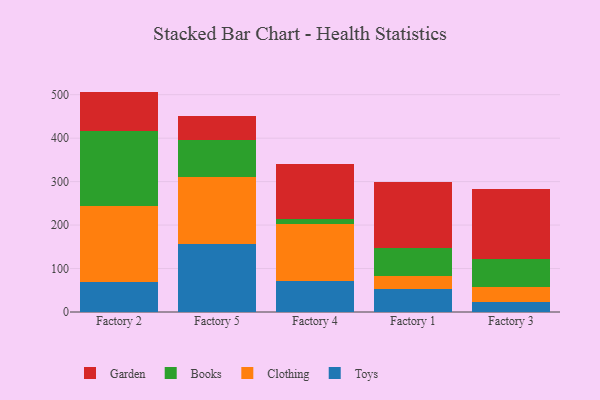
{"axis": {"x": "Factory", "y": "Energy Usage (MWh)"}, "legend": ["Books", "Clothing", "Garden", "Toys"], "data": [{"x": "Factory 2", "y": 69.1, "type": "Toys"}, {"x": "Factory 2", "y": 173.7, "type": "Clothing"}, {"x": "Factory 2", "y": 172.9, "type": "Books"}, {"x": "Factory 2", "y": 91.4, "type": "Garden"}, {"x": "Factory 5", "y": 156.9, "type": "Toys"}, {"x": "Factory 5", "y": 153.8, "type": "Clothing"}, {"x": "Factory 5", "y": 84.9, "type": "Books"}, {"x": "Factory 5", "y": 55.3, "type": "Garden"}, {"x": "Factory 4", "y": 71.7, "type": "Toys"}, {"x": "Factory 4", "y": 130.2, "type": "Clothing"}, {"x": "Factory 4", "y": 12.0, "type": "Books"}, {"x": "Factory 4", "y": 126.5, "type": "Garden"}, {"x": "Factory 1", "y": 53.2, "type": "Toys"}, {"x": "Factory 1", "y": 29.2, "type": "Clothing"}, {"x": "Factory 1", "y": 65.8, "type": "Books"}, {"x": "Factory 1", "y": 151.0, "type": "Garden"}, {"x": "Factory 3", "y": 23.4, "type": "Toys"}, {"x": "Factory 3", "y": 33.9, "type": "Clothing"}, {"x": "Factory 3", "y": 64.6, "type": "Books"}, {"x": "Factory 3", "y": 161.8, "type": "Garden"}]}